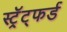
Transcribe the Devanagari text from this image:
स्ट्रॅट्फर्ड